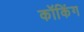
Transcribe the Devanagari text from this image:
कॉकिंग